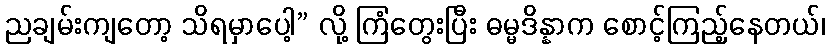
ညချမ်းကျတော့ သိရမှာပေါ့” လို့ ကြံတွေးပြီး ဓမ္မဒိန္နာက စောင့်ကြည့်နေတယ်၊